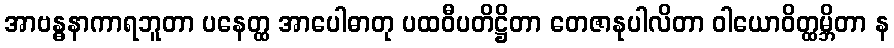
အာဗန္ဓနာကာရဘူတာ ပနေတ္ထ အာပေါဓာတု ပထဝီပတိဋ္ဌိတာ တေဇာနုပါလိတာ ဝါယောဝိတ္ထမ္ဘိတာ န